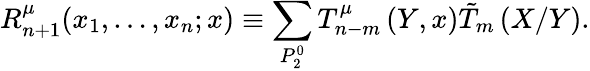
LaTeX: R_{n+1}^{\mu}(x_{1},\ldots,x_{n};x)\equiv\sum_{P_{2}^{0}}T_{n-m}^{\mu}\left(Y,x\right)\tilde{T}_{m}\left(X/Y\right).